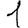
Digit: 1